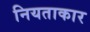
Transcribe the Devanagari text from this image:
नियताकार